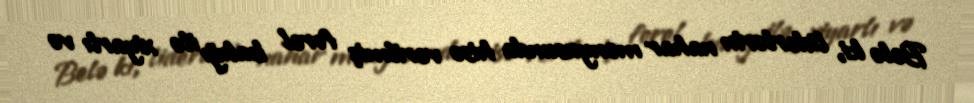
Belə ki, liderlərin nahar menyusunda hisə verilmiş forel balığı ilə xiyarlı və